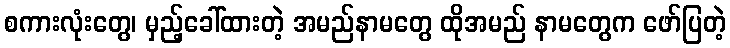
စကားလုံးတွေ၊ မှည့်ခေါ်ထားတဲ့ အမည်နာမတွေ ထိုအမည် နာမတွေက ဖော်ပြတဲ့